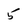
Character: 5